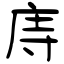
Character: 庤